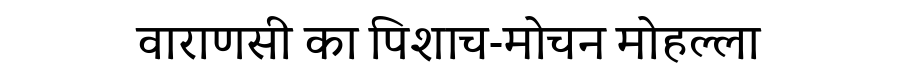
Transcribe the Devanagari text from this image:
वाराणसी का पिशाच-मोचन मोहल्ला